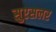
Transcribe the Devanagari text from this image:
सुएसलर